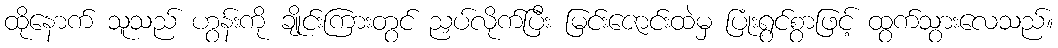
ထိုနောက် သူသည် ဟွန်းကို ချိုင်းကြားတွင် ညှပ်လိုက်ပြီး မြင်းဇောင်းထဲမှ ပြုံးရွင်စွာဖြင့် ထွက်သွားလေသည်။